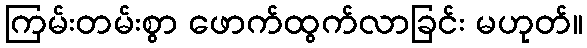
ကြမ်းတမ်းစွာ ဖောက်ထွက်လာခြင်း မဟုတ်။